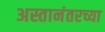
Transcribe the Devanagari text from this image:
अस्तानंतरच्या